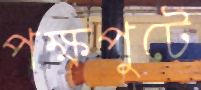
পক্ষপুটে